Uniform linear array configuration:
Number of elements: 24
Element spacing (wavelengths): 0.75
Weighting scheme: kaiser
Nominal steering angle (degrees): -45
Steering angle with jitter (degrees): -43.054
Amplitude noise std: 0.05
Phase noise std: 0.05

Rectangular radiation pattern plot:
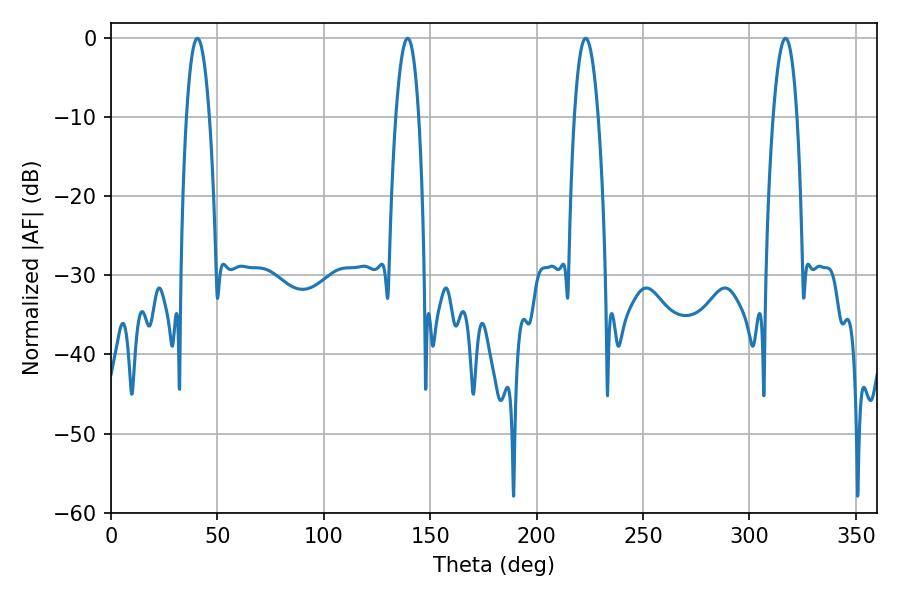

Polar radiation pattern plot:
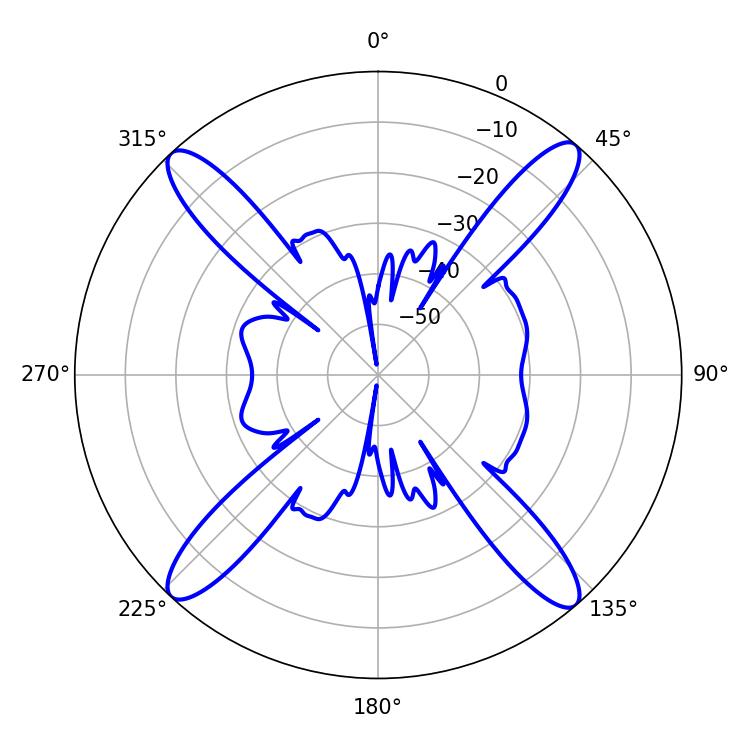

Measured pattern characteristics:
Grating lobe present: TRUE
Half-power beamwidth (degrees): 6.3
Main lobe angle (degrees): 316.98